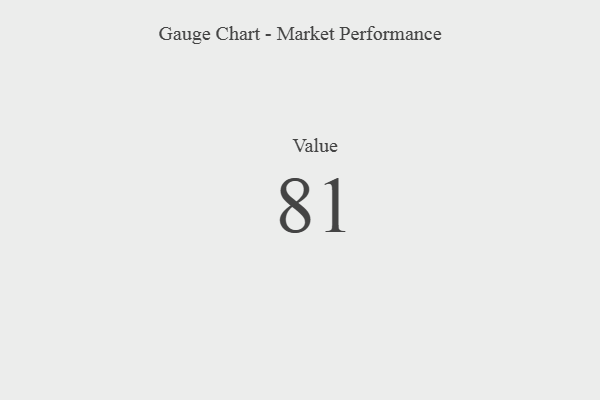
{"axis": {"x": "Metric", "y": "Value"}, "legend": [""], "data": [{"x": "Value", "y": 81, "type": ""}]}